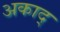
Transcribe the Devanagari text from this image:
अकाद्